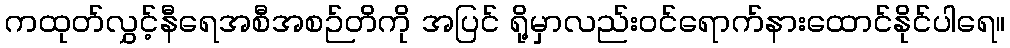
ကထုတ်လွှင့်နီရေအစီအစဉ်တိကို အပြင် ရို့မှာလည်းဝင်ရောက်နားထောင်နိုင်ပါရေ။